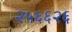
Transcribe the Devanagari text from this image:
२५६६२६